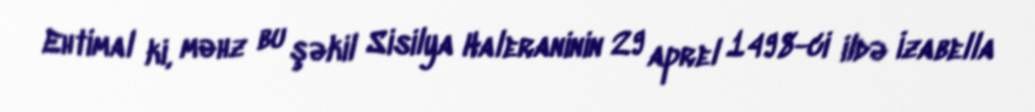
Ehtimal ki, məhz bu şəkil Sisilya Haleraninin 29 aprel 1498-ci ildə İzabella